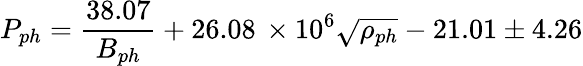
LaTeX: P_{ph}=\frac{38.07}{B_{ph}}+26.08\, \times 10^{6}\sqrt{\rho_{ph}}-21.01\pm 4.26